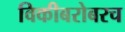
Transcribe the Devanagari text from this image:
विकीबरोबरच